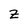
Character: Z